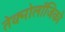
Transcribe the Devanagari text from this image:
तेक्नोलॉजिको